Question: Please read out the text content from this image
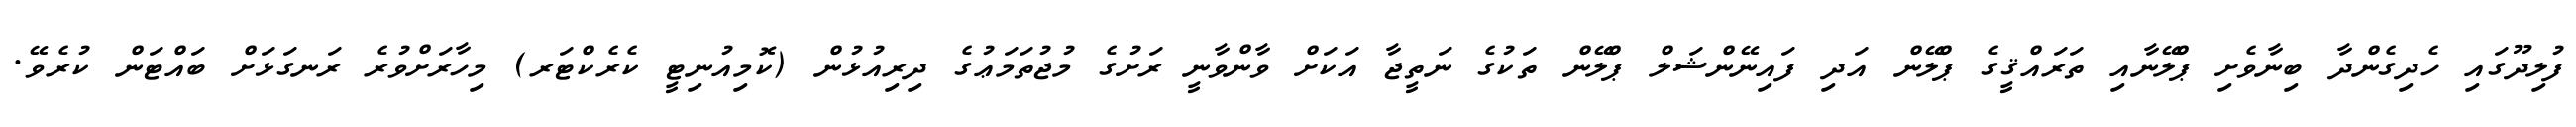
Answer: ފުލިދޫގައި ހެދިގެންދާ ބިނާވެށި ޕްލޭނާއި ތަރައްޤީގެ ޕްލޭން އަދި ފައިނޭންޝަލް ޕްލޭން ތަކުގެ ނަތީޖާ އަކަށް ވާންވާނީ ރަށުގެ މުޖުތަމަޢުގެ ދިރިއުޅުން (ކޮމިއުނިޓީ ކެރެކްޓަރ) މިހާރަށްވުރެ ރަނގަޅަށް ބައްޓަން ކުރެވޭ.